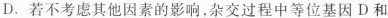
D.若不考虑其他因素的影响，杂交过程中等位基因D和